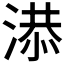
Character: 𣺖